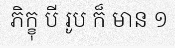
ភិក្ខុ បី រូប ក៏ មាន ១